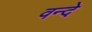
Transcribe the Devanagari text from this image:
वन्‍दे